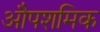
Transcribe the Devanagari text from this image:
औपशमिक